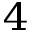
_ 4